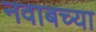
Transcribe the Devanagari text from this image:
नवाबच्या